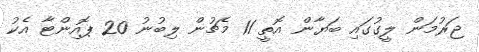
ޖަރުމަން ލީގުގައި ބަޔާން އޮތީ 11 މެޗުން ލިބުނު 20 ޕޮއިންޓާ އެކު